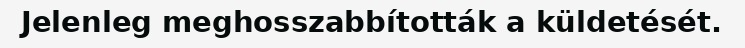
Jelenleg meghosszabbították a küldetését.